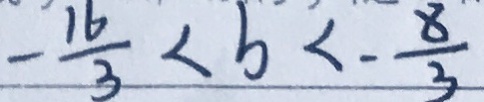
- \frac { 1 6 } { 3 } < b < - \frac { 8 } { 3 }